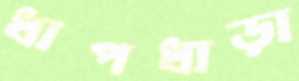
ধাপধাড়া